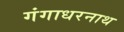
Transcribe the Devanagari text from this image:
गंगाधरनाथ